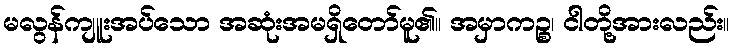
မလွန်ကျူးအပ်သော အဆုံးအမရှိတော်မူ၏။ အမှာကဉ္စ၊ ငါတို့အားလည်း။